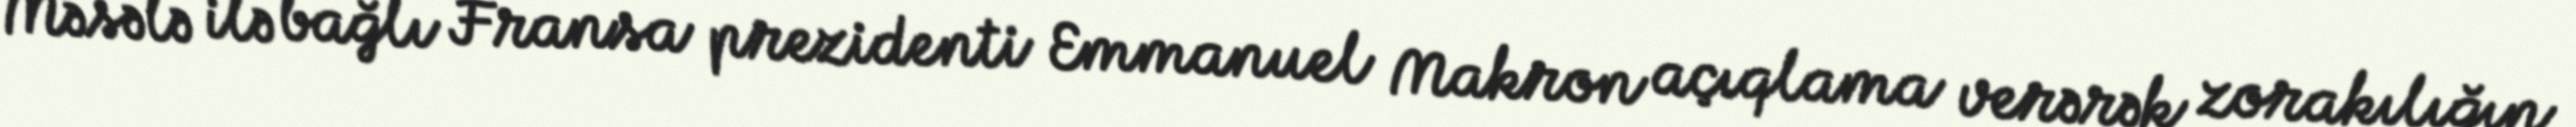
Məsələ ilə bağlı Fransa prezidenti Emmanuel Makron açıqlama verərək zorakılığın